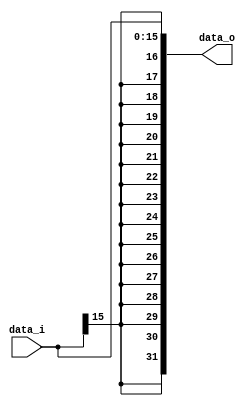
// id: 109550022

`timescale 1ns/1ps
module Sign_Extend(
    data_i,
    data_o
    );
               
//I/O ports
input   [16-1:0] data_i;
output  [32-1:0] data_o;

//Internal Signals
reg     [32-1:0] data_o;

//Sign extended

always @(data_i) begin
    data_o <= { {16{data_i[15]}}, data_i[15:0] };
end
endmodule